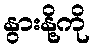
နွားနို့ကို